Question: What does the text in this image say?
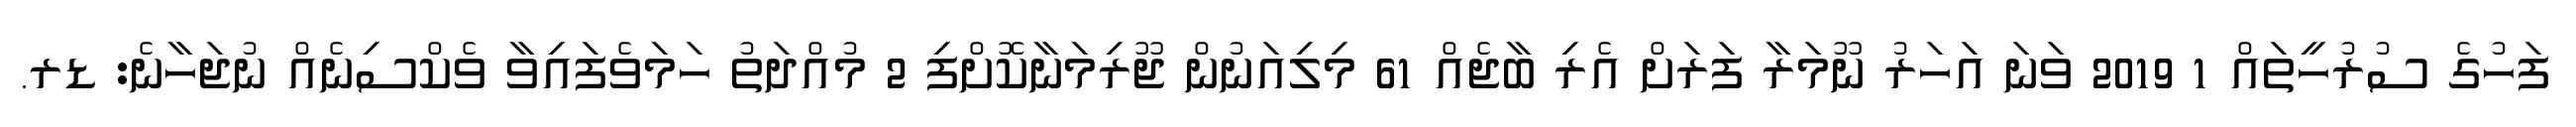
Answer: ފަހުގެ ސުރުހީތައް 1 2019 ވަނަ އަހަރު ނޫމަރާ ފަރަށް އެރި ބާޖެއް 61 މިލިއަނުން ޖޫރިމަނާކޮށްފި 2 މުއްދަތު ހަމަވެފައިވާ ވެކްސިނެއް ނުޖަހާނެ: ޑރ.